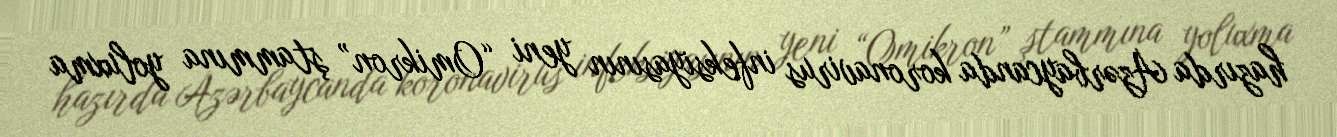
hazırda Azərbaycanda koronavirus infeksiyasının yeni “Omikron” ştammına yoluxma